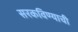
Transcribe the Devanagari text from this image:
सरकविण्याची